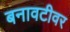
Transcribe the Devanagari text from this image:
बनावटीवर